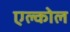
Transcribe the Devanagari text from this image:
एल्कोल